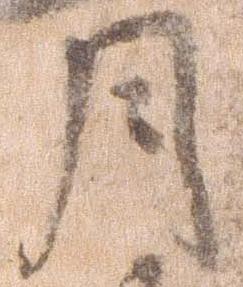
月